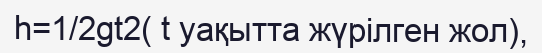
h=1/2gt2( t уақытта жүрілген жол),